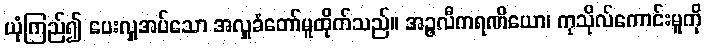
ယုံကြည်၍ ပေးလှူအပ်သော အလှူခံတော်မူထိုက်သည်။ အဉ္ဇလီကရဏိယော၊ ကုသိုလ်ကောင်းမူကို